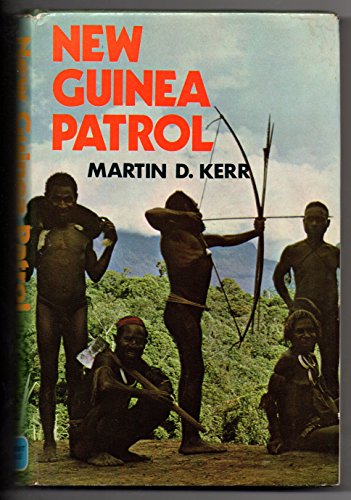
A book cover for New Guinea Patrol; Martin D. Kerr; Travel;